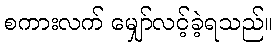
စကားလက် မျှော်လင့်ခဲ့ရသည်။